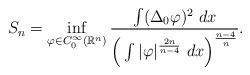
LaTeX: \begin{align*}S_n = \inf_{\varphi \in C_0^{\infty}(\mathbb{R}^n)} \frac{ \int (\Delta_0 \varphi)^2\ dx }{ \Big( \int |\varphi|^{\frac{2n}{n-4}}\ dx \Big)^{\frac{n-4}{n}}}.\end{align*}